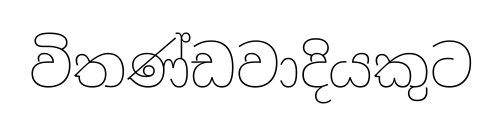
විතණ්ඩවාදියකුට